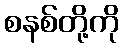
စနစ်တို့ကို